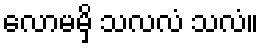
လောမမှိ သလလံ သလံ။